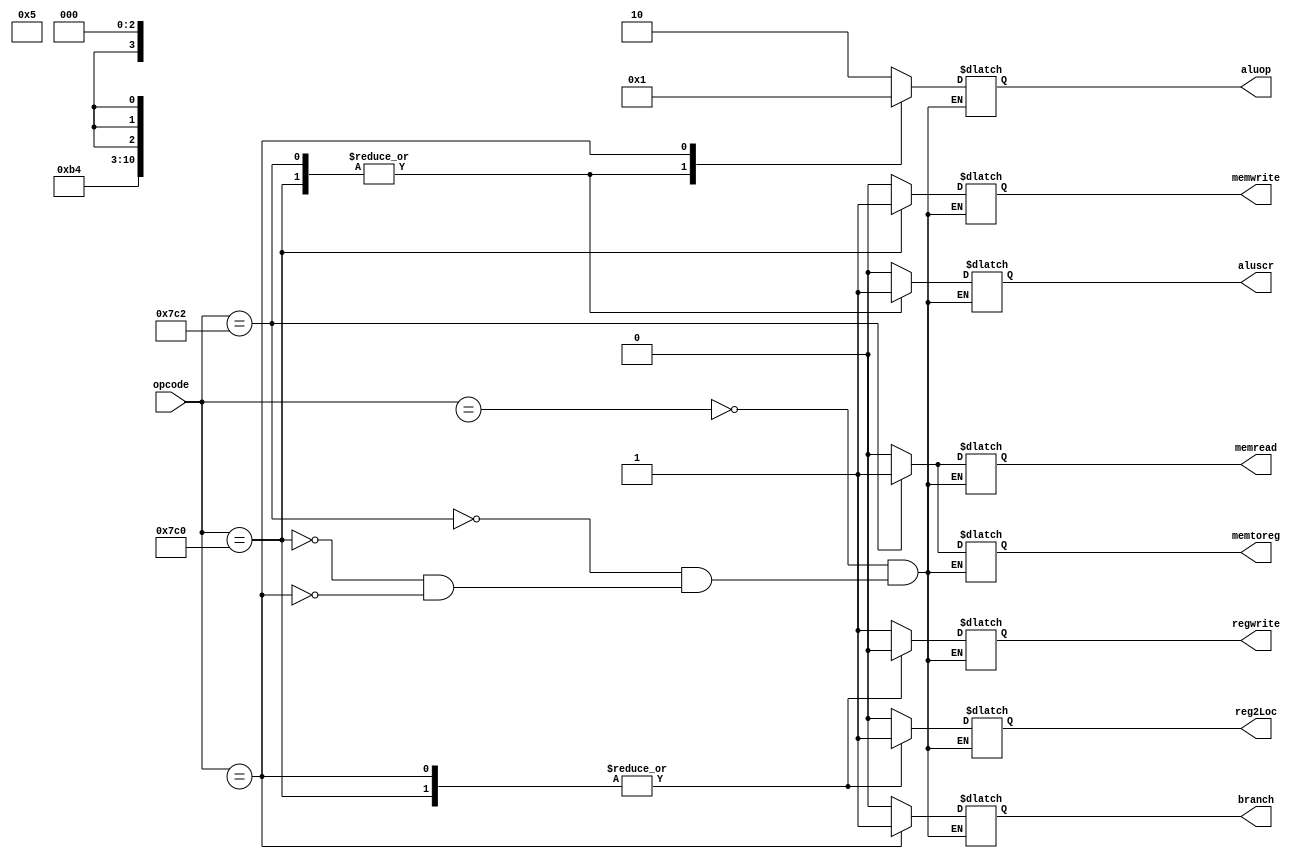
module control_unit 
	#(parameter delay = 100)	
	(
	input[10:0] 	opcode,
  	output reg reg2Loc,
  	output	reg aluscr,
  	output reg memtoreg,
  	output reg regwrite,
	output	reg memread,
  	output reg memwrite,
	output 	reg branch,
	output	reg [1:0] aluop
	);
	
	always @(Instruction) begin

		case(opcode)
			11'b1x_x01_01x_000: begin //R-type
				reg2Loc <= 1'b0	;
			  	aluscr <= 1'b0;
			  	memtoreg <= 1'b0;
			  	regwrite <= 1'b1;
				memread <= 1'b0;
			  	memwrite <= 1'b0;
				branch <= 1'b0;
				aluop <= 2'b10;
			end
			11'b11_111_000_010: begin // LDUR
				
              	                reg2Loc <= 1'bx ;
			  	aluscr <= 1'b1;
			  	memtoreg <= 1'b1;
			  	regwrite <= 1'b1;
				memread <= 1'b1;
			  	memwrite <= 1'b0;
				branch <= 1'b0;
				aluop <= 2'b00;
			end
			11'b11_111_000_000: begin // STUR
				reg2Loc <= 1'b1	;
			  	aluscr <= 1'b1;
			  	memtoreg <= 1'bx;
			  	regwrite <= 1'b0;
				memread <= 1'b0;
			  	memwrite <= 1'b1;
				branch <= 1'b0;
				aluop <= 2'b00;   
			end
			11'b10_110_100_xxx: begin // CBZ
				reg2Loc <= 1'b1	;
			  	aluscr <= 1'b0;
			  	memtoreg <= 1'bx;
			  	regwrite <= 1'b0;
				memread <= 1'b0;
			  	memwrite <= 1'b0;
				branch <= 1'b1;
				aluop <= 2'b01;
			end
		endcase
	end
endmodule